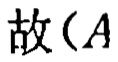
故\((A\)